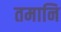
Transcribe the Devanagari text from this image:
तमानि